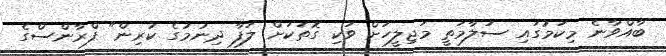
ބާއްވާނެ މިކަމުގައި ސަލާމަތީ މަޖިލީހަށް ވަކި ގޮތަކަށް ލަފާ ދިނުމުގެ ކުރިން" ފްރާންސްގެ